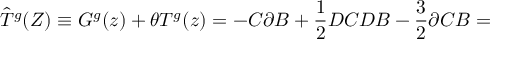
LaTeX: \hat { T } ^ { g } ( Z ) \equiv G ^ { g } ( z ) + \theta T ^ { g } ( z ) = - C \partial B + \frac { 1 } { 2 } D C D B - \frac { 3 } { 2 } \partial C B =